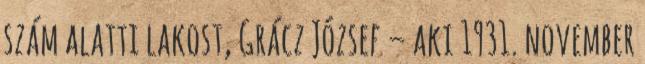
szám alatti lakost, Grácz József – aki 1931. november